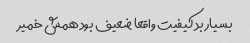
بسیار بد کیفیت واقعا ضعیف بود همش خمیر